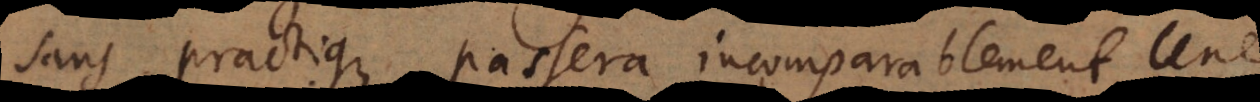
sans practique passera incomparablement une